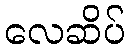
လေဆိပ်